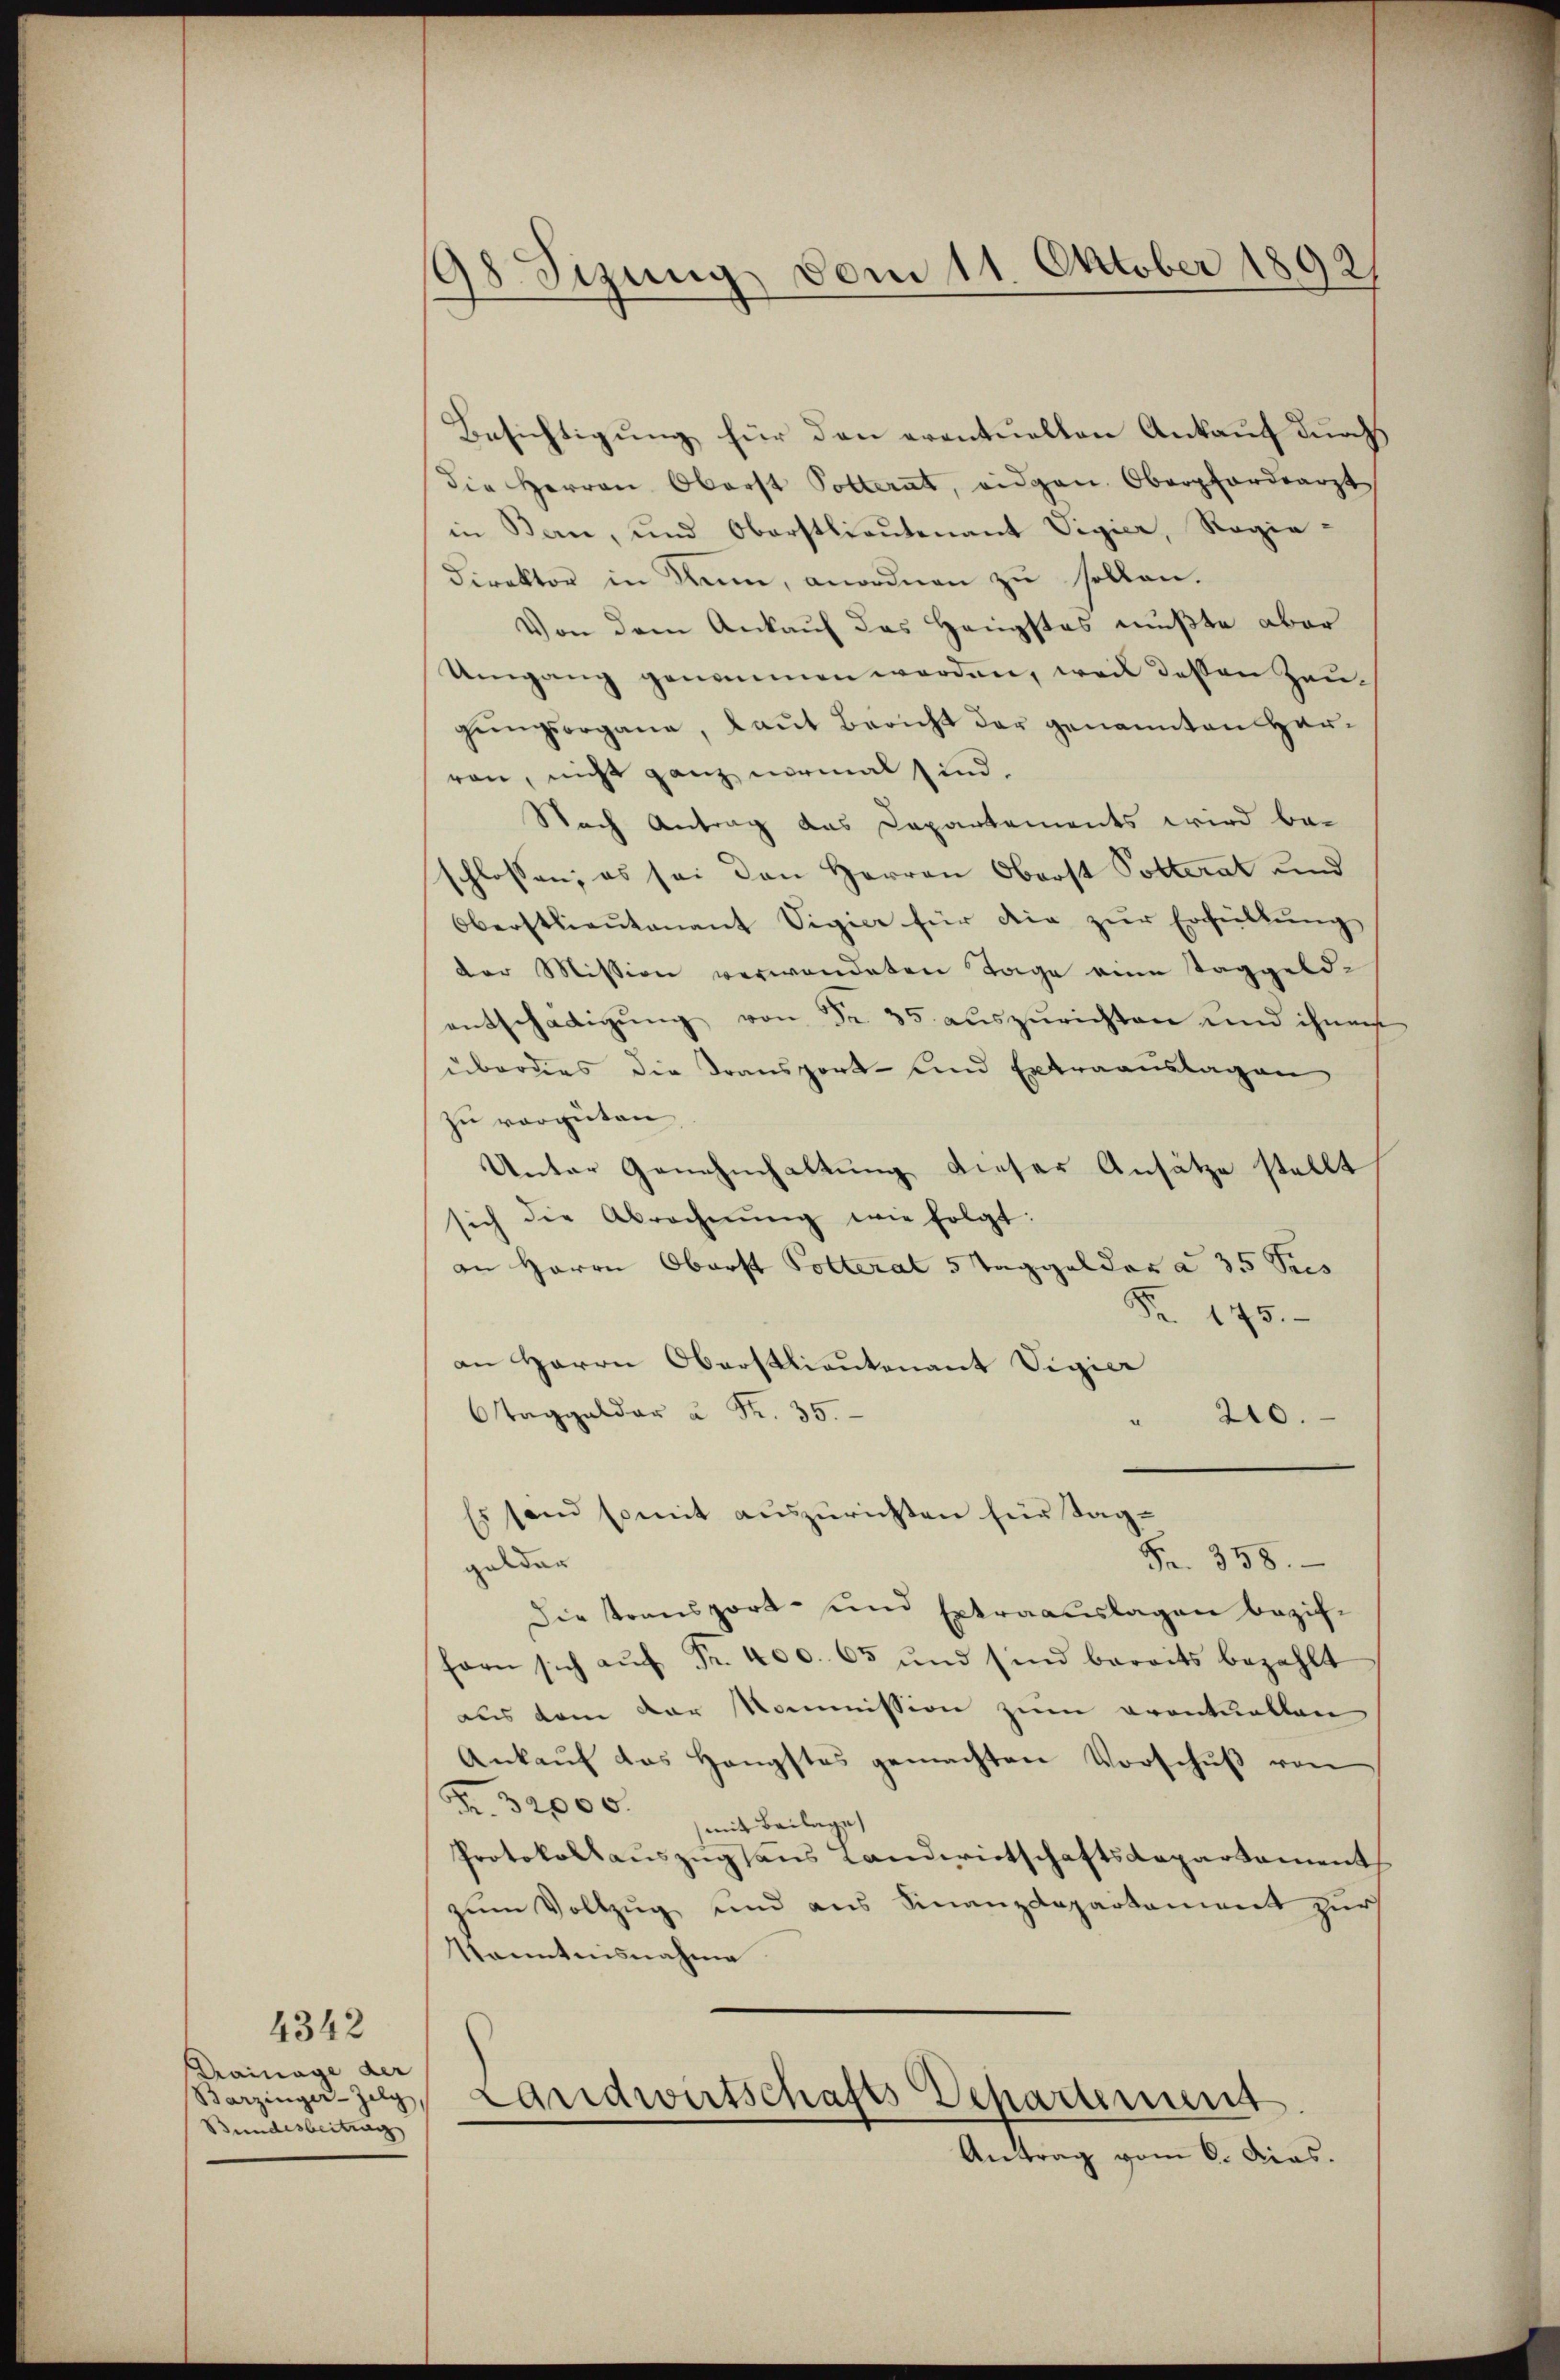
Trainage der
Bundesbeitung

4342

98 Sizung vom 11. Oktober 1892

Besichtigung für den eventuellen Ankauf durch
die Herren Oberst Potterat, eidgen. Oberfordearzt
in Bern, und Oberstlieutenant Vigier, Regie-
direktor in Rum, anordnen zu sollen.
Von dem Ankauf das Hengstes mußte aber
Umgang genommen werden, weil dessen Zeugungsorgane, laut Bericht der genannten Harron, nicht ganz normal sind.
Nach Antrag das Capartements wird beschlossen; es sei den Herren Oberst Polterat und
Oberstlieutenant Sigice für die zur Erfüllung
der Mission verwendeten Tage eine Taggeld-
entschädigŭng von Fr. 35 auszurichten und ihnen
überdies die Transport- und Extraauslagen
zu vergüten
Unter Genehmhaltung dieser Ansätze stellt
sich die Abrechnŭng wie folgt:
an Herrn Oberst Polteral 5 Taggelder a 35 dies
Fr. 175.
an Herrn Oberstlieutenant Sigic
Taggelder u Fr. 35.
220.
Es send somit auszurichten für Tag¬
Fr. 358.
gelder
Die Transport- und Extraauslagen bezifforn sich aŭf Fr. 400. 65 und sind bereits bezahlt
aus dem der Kommission zum Frontuellen
Ankaŭf das Hangstes gemachten Vorschŭβ von
Fr. 32000.
mit Beilage
Protokollaŭszŭgsans Landwirtschaftsdepartament
zum Vollzug und aus Finanzdepartement zur
Kenntnisnahme
Berzingezog Landwirtschafts-Departement
Antrag vom 6. Dias.